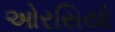
ઓરસિયો